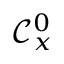
{ \mathcal { C } } _ { x } ^ { 0 }